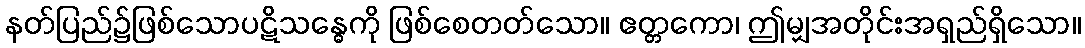
နတ်ပြည်၌ဖြစ်သောပဋိသန္ဓေကို ဖြစ်စေတတ်သော။ ဧတ္တကော၊ ဤမျှအတိုင်းအရှည်ရှိသော။